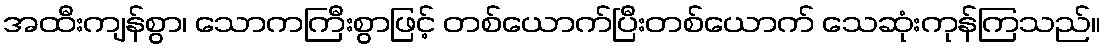
အထီးကျန်စွာ၊ သောကကြီးစွာဖြင့် တစ်ယောက်ပြီးတစ်ယောက် သေဆုံးကုန်ကြသည်။